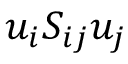
u _ { i } S _ { i j } u _ { j }